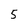
Character: 5